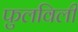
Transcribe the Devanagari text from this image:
फुलविली